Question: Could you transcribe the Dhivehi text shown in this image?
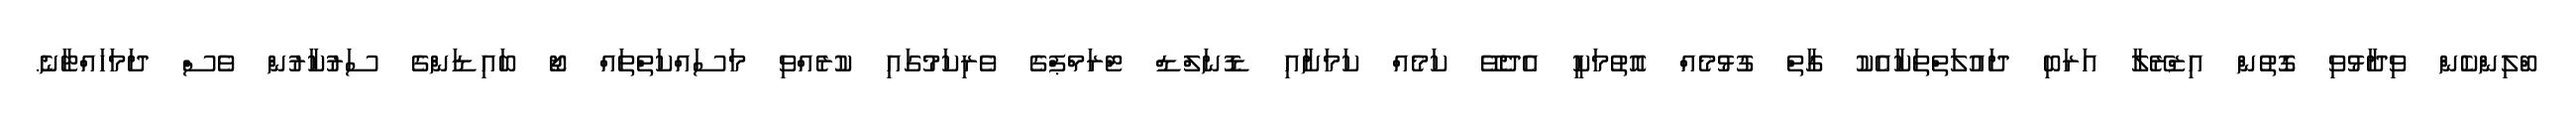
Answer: ބްލިންކެން ވިދާޅުވި ގޮތުން އިޒްރޭލާ އަރަބި ދައުލަތްތަކާއެކު ގާތް ގުޅުމެއް އޮތުމަކީ އެދެވޭ ކަމެއް ކަމަށާއި ޑޮނަލްޑް ޓްރަމްޕްގެ ވެރިކަމުގައި ކުރެއްވި މަސައްކަތްތައް ޖޯ ބައިޑަންގެ ސަރުކާރުން ވެސް ދަމަހައްޓާނެ.